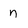
Character: n